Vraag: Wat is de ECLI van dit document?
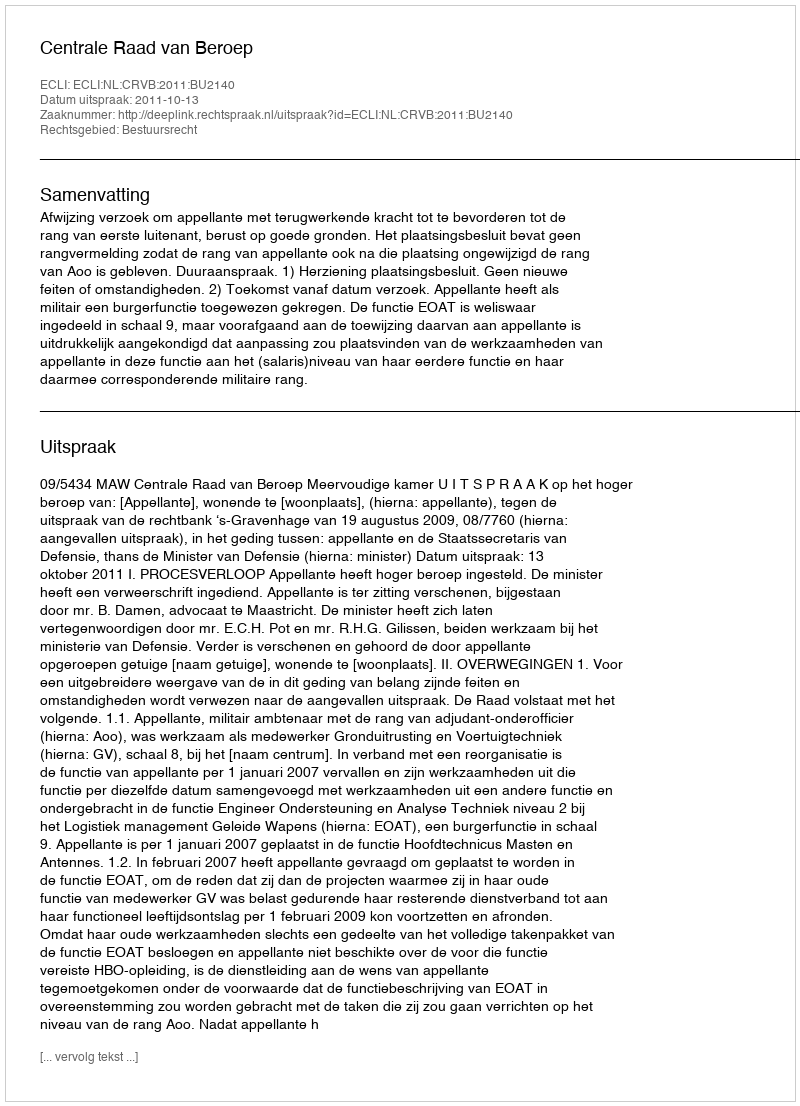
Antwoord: ECLI:NL:CRVB:2011:BU2140